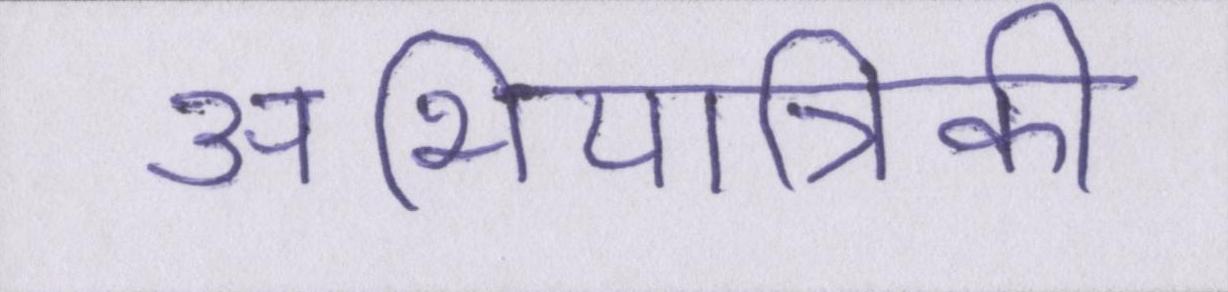
अभियांत्रिकी